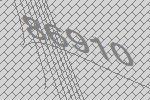
86910